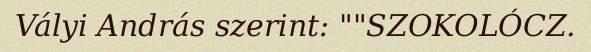
Vályi András szerint: ""SZOKOLÓCZ.